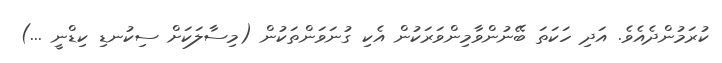
ކުރަމުންދެއެވެ. އަދި ހަކަތަ ބޭނުންވާމިންވަރަކުން އެކި ގުނަވަންތަކުން (މިސާލަކަށް ސިކުނޑި ކިޑްނީ ...)